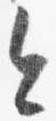
今